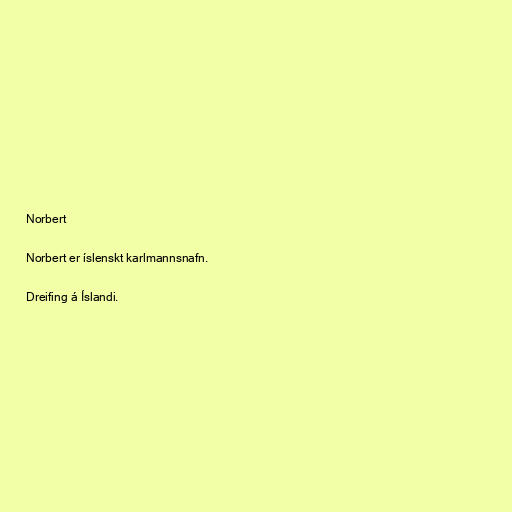
Norbert

Norbert er íslenskt karlmannsnafn.

Dreifing á Íslandi.